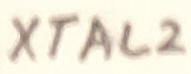
Text: XTAL2